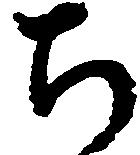
ち